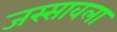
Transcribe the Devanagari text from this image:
जस्सावला